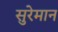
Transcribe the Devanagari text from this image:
सुरेमान